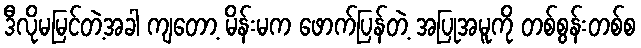
ဒီလိုမမြင်တဲ့အခါ ကျတော့ မိန်းမက ဖောက်ပြန်တဲ့ အပြုအမူကို တစ်စွန်းတစ်စ